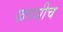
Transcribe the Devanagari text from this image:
खवशीच